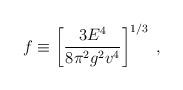
LaTeX: \begin{align*}f \equiv \left[\frac{3E^4}{8\pi^2 g^2 v^4}\right]^{1/3}\;,\end{align*}